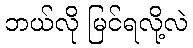
ဘယ်လို မြင်ရလို့လဲ